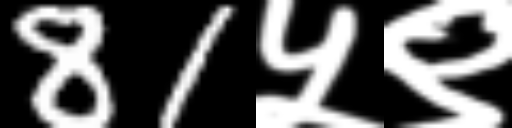
Text: 81५९